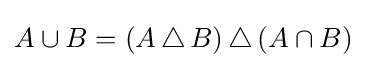
A\cup B=(A\,\triangle \,B)\,\triangle \,(A\cap B)